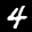
Label: 4